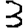
Digit: 3